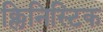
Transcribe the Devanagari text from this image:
क्लिनिस्टिक